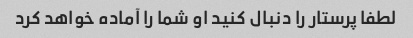
لطفا پرستار را دنبال کنید او شما را آماده خواهد کرد